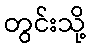
တွင်းသို့